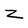
Character: Z